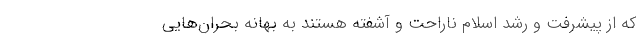
که از پیشرفت و رشد اسلام ناراحت و آشفته هستند به بهانه بحران‌هایی